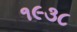
૧૯૩૮